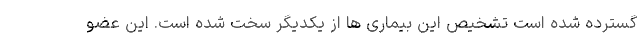
گسترده شده است تشخیص این بیماری ها از یکدیگر سخت شده است. این عضو